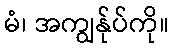
မံ၊ အကျွန်ုပ်ကို။